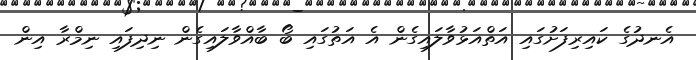
އެނދުގެ ކައިރިފަށުގައި އަތްއަޅުވާލައިގެން އެ އަތުގައި ބޯ ބާއްވާލައިގެން ނިދިފައި ނިމްރާ އިން